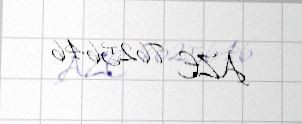
AZE 7625646